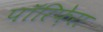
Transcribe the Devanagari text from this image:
पॉरिफ़ेरा